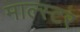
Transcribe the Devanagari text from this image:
माल्स्टर